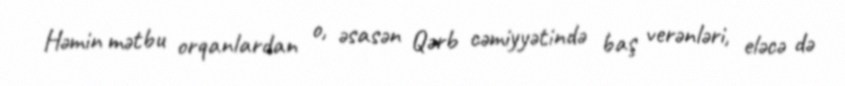
Həmin mətbu orqanlardan o, əsasən Qərb cəmiyyətində baş verənləri, eləcə də